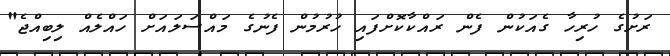
ރަށުގެ ހުރިހާ ގެއަކުން ފެން ރައްކާކޮށްފައި ހުރުމުން ފެނުގެ މައްސަލައަށް ހައްލެއް ލިބިއްޖެ"